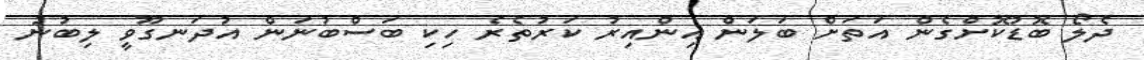
ދެލޯ ބޮޑުކޮށްގެން އަތަށް ބަލަން އިންއިރު ކަރުތެރެ ހިކި ބަސްބުނަން އުދަނގޫވީ ލިބުނު